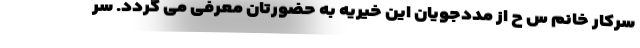
سرکار خانم س ح از مددجویان این خیریه به حضورتان معرفی می گردد. سر